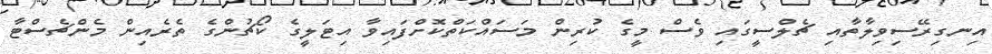
އިނގިރޭސިވިލާތާއި ޗެލްސީގައި ވެސް މީގެ ކުރިން މަސައްކަތްކޮށްފައިވާ އިޓަލީގެ ކޯޗުންގެ ތެރެއިން މެންޗެސްޓާ